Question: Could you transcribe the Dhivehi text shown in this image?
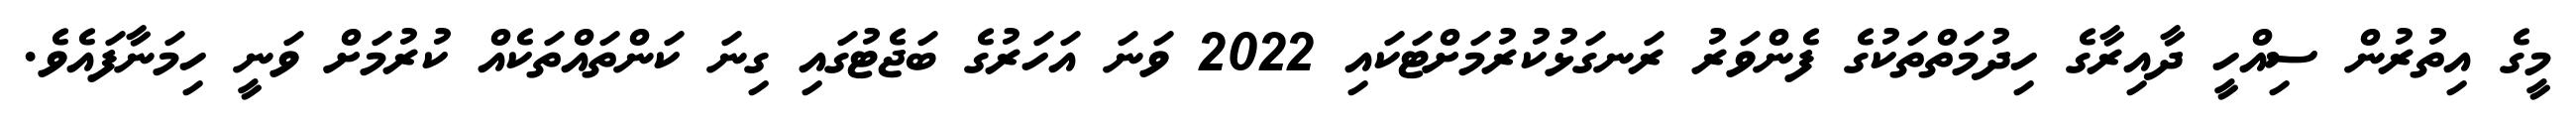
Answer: މީގެ އިތުރުން ސިއްހީ ދާއިރާގެ ހިދުމަތްތަކުގެ ފެންވަރު ރަނގަޅުކުރުމަށްޓަކައި 2022 ވަނަ އަހަރުގެ ބަޖެޓުގައި ގިނަ ކަންތައްތަކެއް ކުރުމަށް ވަނީ ހިމަނާފައެވެ.